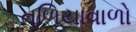
તળિયાવાળો